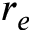
r _ { e }